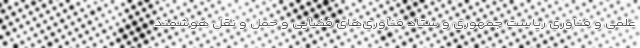
علمی و فناوری ریاست جمهوری و ستاد فناوری‌های فضایی و حمل و نقل هوشمند